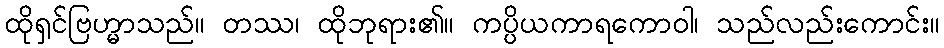
ထိုရှင်ဗြဟ္မာသည်။ တဿ၊ ထိုဘုရား၏။ ကပ္ပိယကာရကောဝါ၊ သည်လည်းကောင်း။